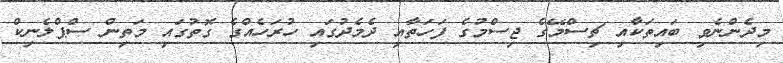
މިދެންނެވި ބައިތަކާއި ޗިސްމޭގެ ޖިސްމުގެ ފަހަތާއި ދެމެދުގައި ހުރަހެއްގެ ގޮތުގައި މަތިން ސްޕްލެނިކް